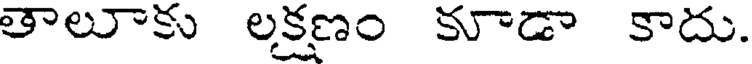
తాలూకు లక్షణం కూడా కాదు.